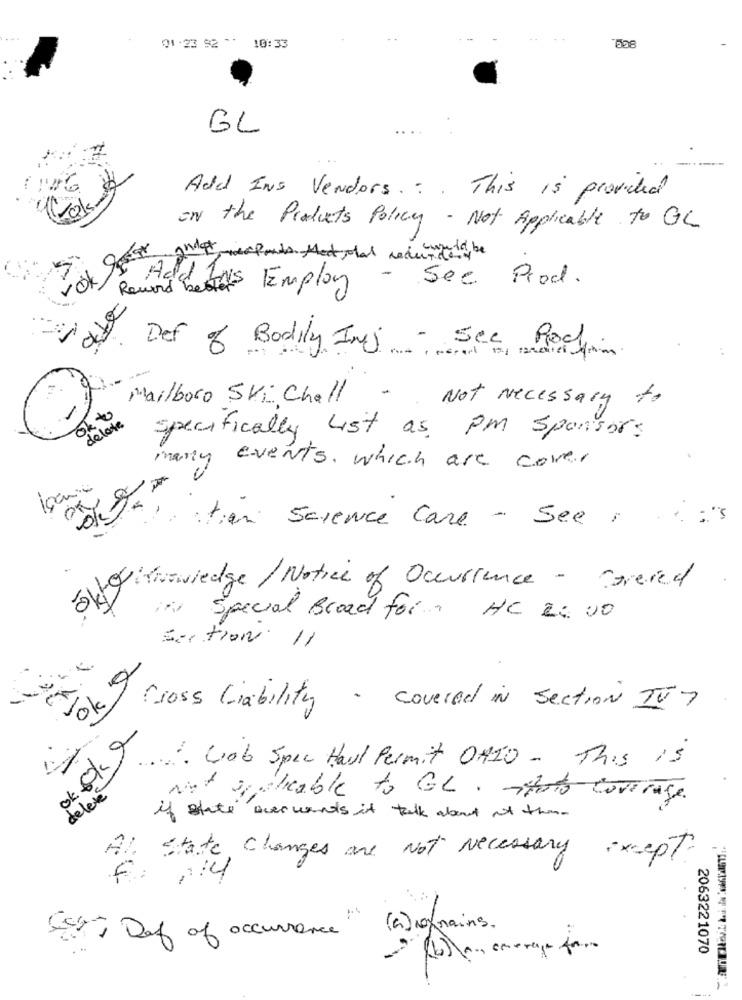
01.23 92 " 10:33
GL
Add INS Vendors .:. This is provided
on the Products Policy - Not Applicable to GL
rok Leser
andar merfonds Med otal received, be
Record
Adaletas Employ
- See Prod.
Def of Bodily Inj - See Prod.
/
Marlboro SVI Chall - Not Necessary
ok to
delate
specifically List as pm sponsors
mary events, which are cover
tian Science care - See ,
LOWhrawiedge/ Notice of Occurrence - Caresed
Special Broad for HC 2:00
ok 9
Cross Liability - covered in section IV 7
1. Gob Spec Haul Permit OHIO- This Is
delevé
61970
Not applicable to GL. thatcoverage.
if state over wants it talk about at the-
Al state changes are Not Necessary :xept.
F: 114
Est Daf of occurrence" ( a) grains.
...
2063221070